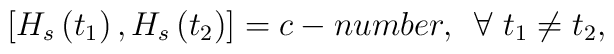
\left[ H_{s}\left( t_{1}\right) ,H_{s}\left( t_{2}\right) \right]=c-number,\,\,\,\forall \,\,t_{1}\neq t_{2},